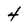
Character: 4